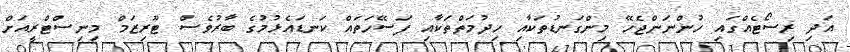
އަދި ރިސޯޓެއްގައި ހުންނަންޖެހޭ މިންގަނޑުތަކާއި ހިދުމަތްތަކާއި ފަސޭހަތައް ކަނޑައެޅުމުގެ ބާރުވެސް ޓޫރިޒަމް މިނިސްޓްރީއަށް